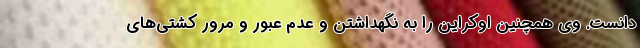
دانست. وی همچنین اوکراین را به نگهداشتن و عدم عبور و مرور کشتی‌های